Bombay plague: being a history of the progress of plague in the Bombay presidency from September 1896 to June 1899
Year: 1896
Disease focus: Plague
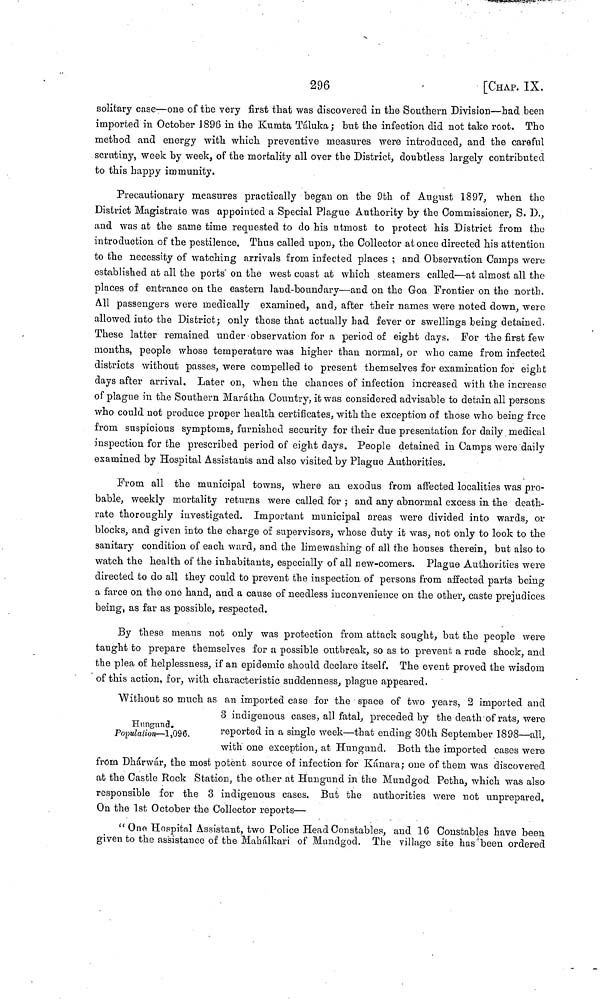
296
[CHAP. IX.
solitary case—one of the very first that was discovered in the Southern Division—had been
imported in October 1896 in the Kumta Táluka ,· but the infection did not take root. The
method and energy with which preventive measures were introduced, and the careful
scrutiny, week by week, of the mortality all over the District, doubtless largely contributed
to this happy immunity.
Precautionary measures practically began on the 9th of August 1897, when the
District Magistrate was appointed a Special Plague Authority by the Commissioner, S. D.,
and was at the same time requested to do his utmost to protect his District from the
introduction of the pestilence. Thus called upon, the Collector at once directed his attention
to the necessity of watching arrivals from infected places ; and Observation Camps were
established at all the ports" on the west coast at which steamers called—at almost all the
places of entrance on the eastern land-boundary—and on the Goa Frontier on the north.
All passengers were medically examined, and, after their names were noted down, were
allowed into the District; only those that actually had fever or swellings being detained,
These latter remained under observation for a period of eight days. For -the first few
mouths, people whose temperature was higher than normal, or who came from infected
districts without passes, were compelled to present themselves for examination for eight
days after arrival. Later on, when the chances of infection increased with the increase
of plague in the Southern Marátha Country, it was considered advisable to detain all persons
who could not produce proper health certificates, with the exception of those who being free
from, suspicious symptoms, furnished security for their due presentation for daily medical
inspection for the prescribed period of eight days. People detained in Camps were daily
examined by Hospital Assistants and also visited by Plague Authorities.
From all the municipal towns, where an exodus from affected localities was pro-
bable, weekly mortality returns were called for ; and any abnormal excess in the death-
rate thoroughly iuvestigated. Important municipal areas were divided into wards, or
blocks, and given into the charge of supervisors, whose duty it was, not only to look to the
sanitary condition of each ward, and the limewashing of all the houses therein, but also to
watch the health of the inhabitants, especially of all new-comers. Plague Authorities were
directed to do all they could to prevent the inspection, of persons from affected parts being
a farce on the one hand, and a cause of needless inconvenience on the other, caste prejudices
being, as far as possible, respected.
By these means not only was protection from attack sought, but the people were
taught to prepare themselves for a possible outbreak, so as to prevent a rude shock, and
the plea of helplessness, if an epidemic should declare itself. The event proved the wisdom
of this action, for, with characteristic suddenness, plague appeared.
Hungund.
Population—1,096.
"Without so much as an imported case for the space of two years, 2 imported and
3 indigenous cases, all fatal, preceded by the death of rats, were
reported in a single week—that ending 30th September 1898—all,
with one exception, at Hungund. Both the imported cases were
from Dharwar, the most potent source or infection for Kanara; one of them was discovered
at the Castle Rock Station, the other at Hungund in the Mundgod Petha, which was also
responsible for the 3 indigenous cases. But the authorities were not unprepared.
On the 1st October the Collector reports—
" One Hospital Assistant, two Police Head Constables, and 16 Constables have been
given to the assistance of the Mahálkari of Mundgod. The village site has been ordered